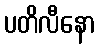
ပတိလီနော